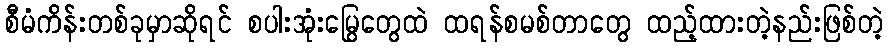
စီမံကိန်းတစ်ခုမှာဆိုရင် စပါးအုံးမြွေတွေထဲ ထရန်စမစ်တာတွေ ထည့်ထားတဲ့နည်းဖြစ်တဲ့